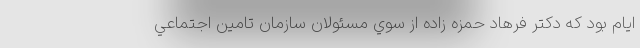
ايام بود كه دكتر فرهاد حمزه زاده از سوي مسئولان سازمان تامين اجتماعي